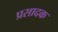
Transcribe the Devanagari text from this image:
प्रसादक